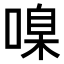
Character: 𠹑